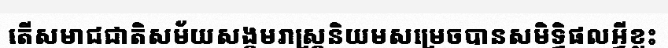
តើសមាជជាតិសម័យសង្គមរាស្ត្រនិយមសម្រេចបានសមិទ្ធិផលអ្វីខ្លះ